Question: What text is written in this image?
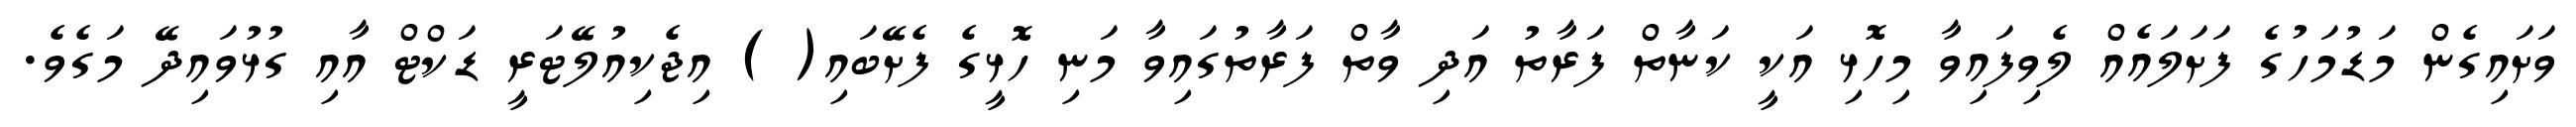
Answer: ވަށައިގެން މަޑުމަހުގެ ފަށަލައެއް ލެވިފައިވާ މިހޮޅި އަކީ ކަނާތް ފަރާތު އަދި ވާތް ފަރާތުގައިވާ މަނި ހޮޅީގެ ފެށޭބައި( ) އިޖެކިއުލޭޓަރީ ޑަކްޓް އާއި ގުޅުވައިދޭ މަގެވެ.